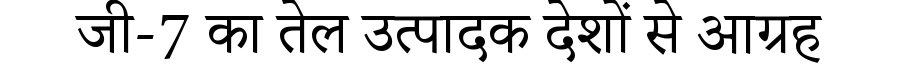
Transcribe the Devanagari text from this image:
जी-7 का तेल उत्पादक देशों से आग्रह